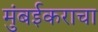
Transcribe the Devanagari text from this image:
मुंबईकराचा